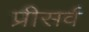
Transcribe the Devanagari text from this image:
प्रीसर्व